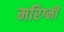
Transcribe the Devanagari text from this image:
मरिग्नी